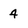
Character: 4